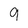
Character: 9